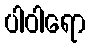
ပါဝါရော